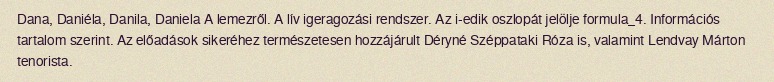
Dana, Daniéla, Danila, Daniela A lemezről. A lív igeragozási rendszer. Az i-edik oszlopát jelölje formula_4. Információs tartalom szerint. Az előadások sikeréhez természetesen hozzájárult Déryné Széppataki Róza is, valamint Lendvay Márton tenorista.